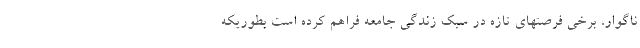
ناگوار، برخی فرصتهای تازه در سبک زندگی جامعه فراهم کرده است بطوریکه